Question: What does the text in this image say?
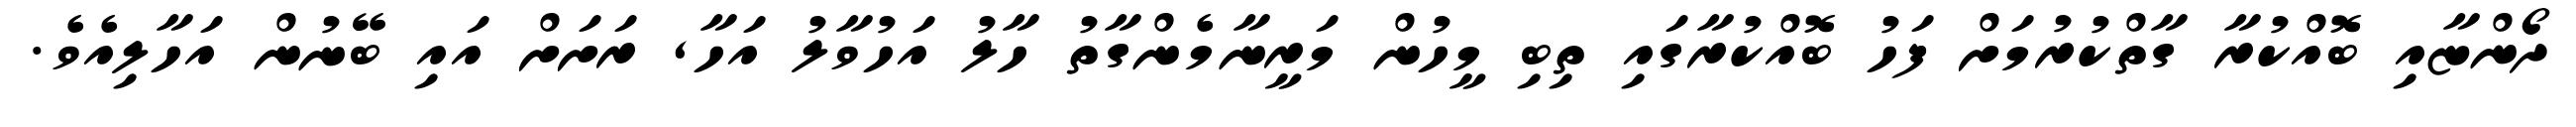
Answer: ދޯންޏާއި ބޮއްކުރާ ގާތްކުރުމަށް ފަހު ބޮއްކުރާގައި ތިބި މީހުން މަރީނާމެންގާތު ހާލު އަހުވާލު އަހާ, ރަށަށް އައި ބޭނުން އަހާލިއެވެ.